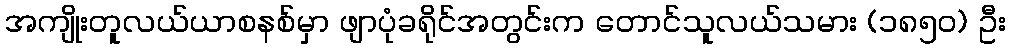
အကျိုးတူလယ်ယာစနစ်မှာ ဖျာပုံခရိုင်အတွင်းက တောင်သူလယ်သမား (၁၈၅၀) ဦး